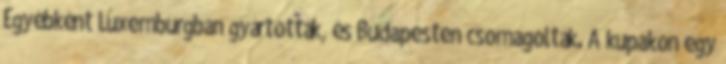
Egyébként Luxemburgban gyártották, és Budapesten csomagolták. A kupakon egy